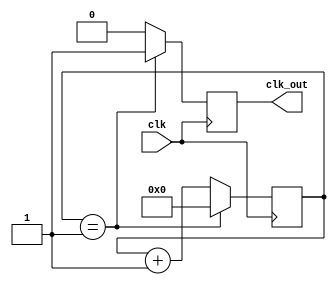
module ripple_counter
(
    input wire clk,
    output reg clk_out
);

parameter DIV_FACTOR = 2; //specific factor to divide clock signal by

reg [7:0] count;

always @(posedge clk)
begin
    if (count == DIV_FACTOR - 1)
        count <= 0;
    else
        count <= count + 1;
    clk_out <= (count == DIV_FACTOR - 1) ? 1'b1 : 1'b0;
end

endmodule